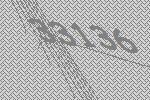
33136